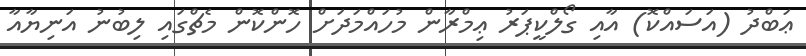
ޢަބްދު (އަސައްކޮ) އާއި ގޯލްކީޕަރު ޢިމްރާން މުހައްމަދަށް ހޮންކޮން މެޗްގައި ލިބުނު އަނިޔާއާ